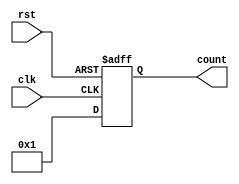
`timescale 1ns / 1ps
//////////////////////////////////////////////////////////////////////////////////
// Company: 
// Engineer: 
// 
// Design Name: 
// Module Name: counter_4bit
// Project Name: 
// Target Devices: 
// Tool Versions: 
// Description: 
// 
// Dependencies: 
// 
// Revision:
// Revision 0.01 - File Created
// Additional Comments:
// 
//////////////////////////////////////////////////////////////////////////////////


module counter_4bit(clk,rst,count);
input clk,rst;
output reg [3:0] count;

always@(posedge rst or posedge clk)
    begin
    count=4'b0;
        if(rst)
            count<=0;
        else
            count<=count+1;
    end
endmodule